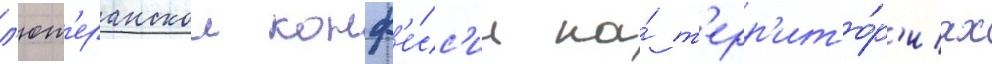
л'ют'еранскои конф'е́сс'ии на́ т'ерр'ито́р'иах